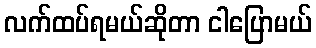
လက်ထပ်ရမယ်ဆိုတာ ငါပြောမယ်